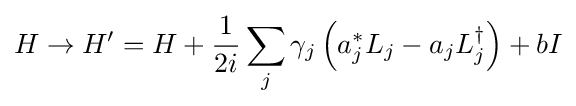
H\to H'=H+{\frac {1}{2i}}\sum _{j}\gamma _{j}\left(a_{j}^{*}L_{j}-a_{j}L_{j}^{\dagger }\right)+bI